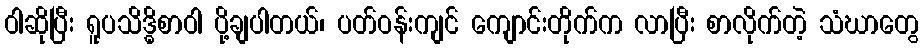
ဝါဆိုပြီး ရူပသိဒ္ဓိစာဝါ ပို့ချပါတယ်၊ ပတ်ဝန်းကျင် ကျောင်းတိုက်က လာပြီး စာလိုက်တဲ့ သံဃာတွေ